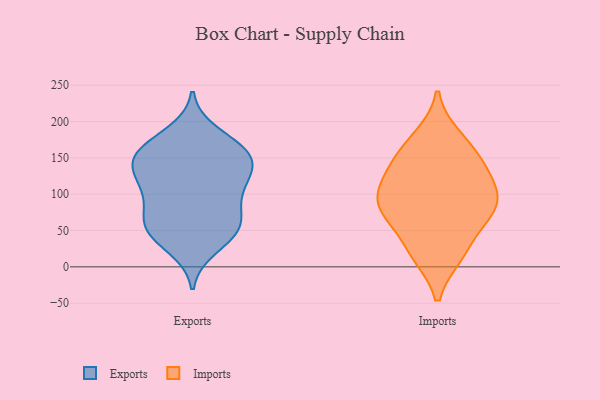
{"axis": {"x": "Waste Production (Tons)", "y": "Value"}, "legend": ["Exports", "Imports"], "data": [{"x": "", "y": 100, "type": "Exports"}, {"x": "", "y": 46, "type": "Exports"}, {"x": "", "y": 160, "type": "Exports"}, {"x": "", "y": 163, "type": "Exports"}, {"x": "", "y": 144, "type": "Exports"}, {"x": "", "y": 149, "type": "Exports"}, {"x": "", "y": 136, "type": "Exports"}, {"x": "", "y": 68, "type": "Exports"}, {"x": "", "y": 167, "type": "Exports"}, {"x": "", "y": 56, "type": "Exports"}, {"x": "", "y": 26, "type": "Exports"}, {"x": "", "y": 106, "type": "Exports"}, {"x": "", "y": 64, "type": "Exports"}, {"x": "", "y": 96, "type": "Exports"}, {"x": "", "y": 184, "type": "Exports"}, {"x": "", "y": 42, "type": "Exports"}, {"x": "", "y": 57, "type": "Exports"}, {"x": "", "y": 149, "type": "Exports"}, {"x": "", "y": 122, "type": "Exports"}, {"x": "", "y": 125, "type": "Exports"}, {"x": "", "y": 119, "type": "Imports"}, {"x": "", "y": 112, "type": "Imports"}, {"x": "", "y": 91, "type": "Imports"}, {"x": "", "y": 70, "type": "Imports"}, {"x": "", "y": 17, "type": "Imports"}, {"x": "", "y": 78, "type": "Imports"}, {"x": "", "y": 143, "type": "Imports"}, {"x": "", "y": 155, "type": "Imports"}, {"x": "", "y": 79, "type": "Imports"}, {"x": "", "y": 178, "type": "Imports"}, {"x": "", "y": 22, "type": "Imports"}]}